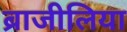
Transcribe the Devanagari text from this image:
ब्राजीलिया